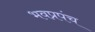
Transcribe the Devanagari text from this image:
भवप्रपंच